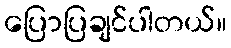
ပြောပြချင်ပါတယ်။